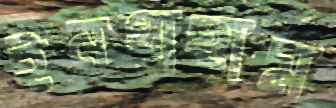
ইনগ্রাহাম